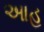
આહ